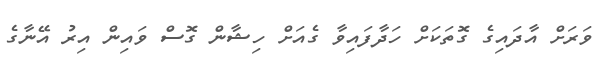
ވަރަށް އާދައިގެ ގޮތަކަށް ހަދާފައިވާ ގެއަށް ހިޝާން ގޮސް ވައިން އިރު އޭނާގެ